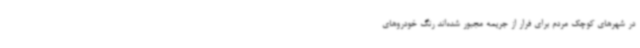
در شهرهای کوچک مردم برای فرار از جریمه مجبور شده‌اند رنگ خودروهای